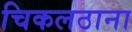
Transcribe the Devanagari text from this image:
चिकलठाना